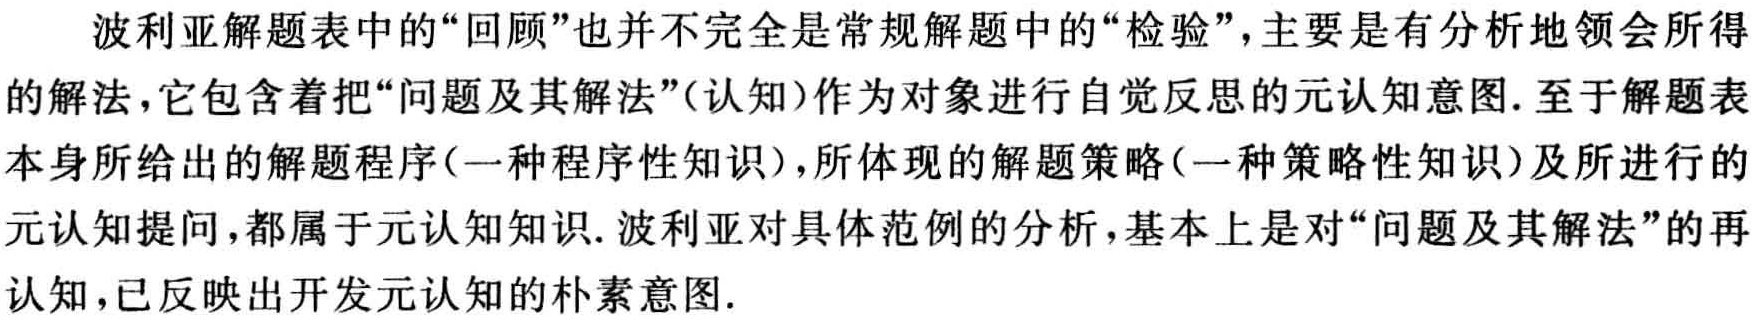
波利亚解题表中的“回顾”也并不完全是常规解题中的“检验”，主要是有分析地领会所得的解法，它包含着把“问题及其解法”(认知)作为对象进行自觉反思的元认知意图. 至于解题表本身所给出的解题程序(一种程序性知识)，所体现的解题策略(一种策略性知识)及所进行的元认知提问，都属于元认知知识. 波利亚对具体范例的分析，基本上是对“问题及其解法”的再认知，已反映出开发元认知的朴素意图.